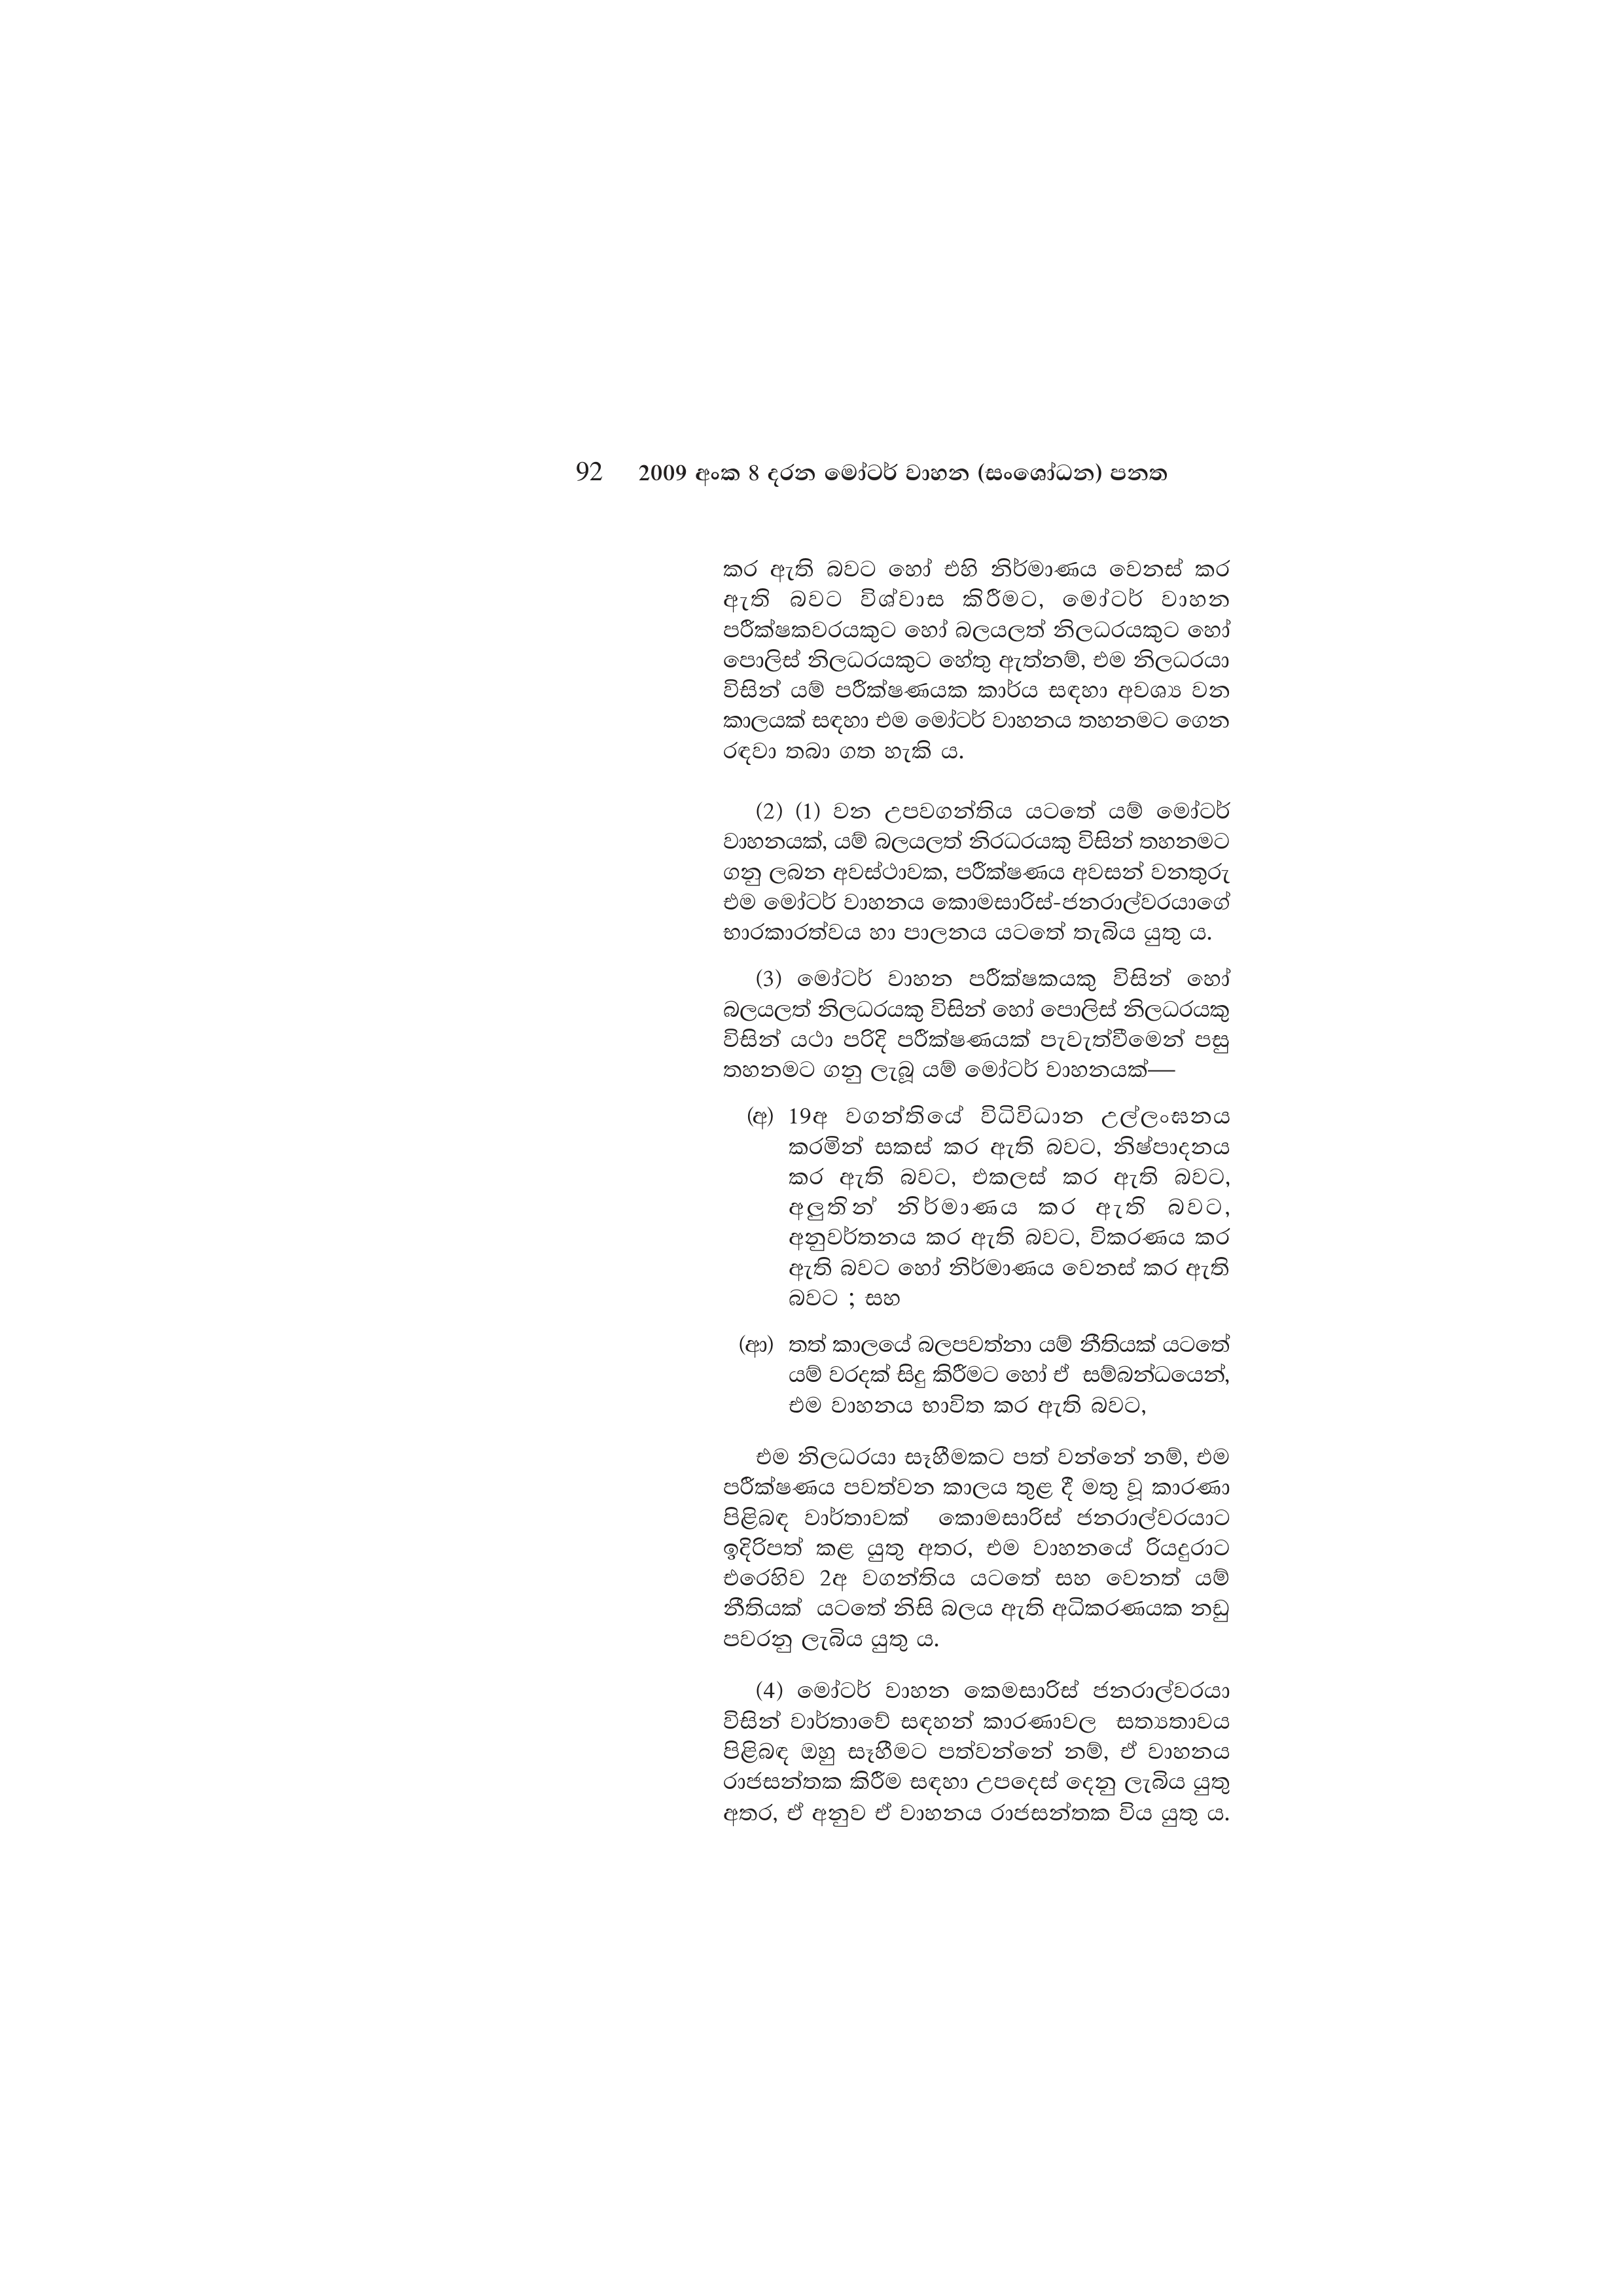
92 2009 අංක 8 දරන මෝටර් වාහන (සංශෝධන) පනත

කර ඇති බවට හෝ එහි නිර්මාණය වෙනස් කර
ඇති බවට විශ්වාස කිරීමට, මෝටර් වාහන
පරීක්ෂකවරයකුට හෝ බලයලත් නිලධරයකුට හෝ
පොලිස් නිලධරයකුට හේතු ඇත්නම්, එම නිලධරයා
විසින් යම් පරීක්ෂණයක කාර්ය සඳහා අවශ්‍ය වන
කාලයක් සඳහා එම මෝටර් වාහනය තහනමට ගෙන
රඳවා තබා ගත හැකි ය.

(2) (1) වන උපවගන්තිය යටතේ යම් මෝටර්
වාහනයක්, යම් බලයලත් නිරධරයකු විසින් තහනමට
ගනු ලබන අවස්ථාවක, පරීක්ෂණය අවසන් වනතුරු
එම මෝටර් වාහනය කොමසාරිස්-ජනරාල්වරයාගේ
භාරකාරත්වය හා පාලනය යටතේ තැබිය යුතු ය.

(3) මෝටර් වාහන පරීක්ෂකයකු විසින් හෝ
බලයලත් නිලධරයකු විසින් හෝ පොලිස් නිලධරයකු
විසින් යථා පරිදි පරීක්ෂණයක් පැවැත්වීමෙන් පසු
තහනමට ගනු ලැබූ යම් මෝටර් වාහනයක්—

(අ) 19අ වගන්තියේ විධිවිධාන උල්ලංඝනය
කරමින් සකස් කර ඇති බවට, නිෂ්පාදනය
කර ඇති බවට, එකලස් කර ඇති බවට,
අලුතින් නිර්මාණය කර ඇති බවට,
අනුවර්තනය කර ඇති බවට, විකරණය කර
ඇති බවට හෝ නිර්මාණය වෙනස් කර ඇති
බවට ; සහ

(ආ) තත් කාලයේ බලපවත්නා යම් නීතියක් යටතේ
යම් වරදක් සිදු කිරීමට හෝ ඒ සම්බන්ධයෙන්,
එම වාහනය භාවිත කර ඇති බවට,

එම නිලධරයා සෑහීමකට පත් වන්නේ නම්, එම
පරීක්ෂණය පවත්වන කාලය තුළ දී මතු වූ කාරණා
පිළිබඳ වාර්තාවක් කොමසාරිස් ජනරාල්වරයාට
ඉදිරිපත් කළ යුතු අතර, එම වාහනයේ රියදුරාට
එරෙහිව 2අ වගන්තිය යටතේ සහ වෙනත් යම්
නීතියක් යටතේ නිසි බලය ඇති අධිකරණයක නඩු
පවරනු ලැබිය යුතු ය.

(4) මෝටර් වාහන කෙමසාරිස් ජනරාල්වරයා
විසින් වාර්තාවේ සඳහන් කාරණාවල සත්‍යතාවය
පිළිබඳ ඔහු සෑහීමට පත්වන්නේ නම්, ඒ වාහනය
රාජසන්තක කිරීම සඳහා උපදෙස් දෙනු ලැබිය යුතු
අතර, ඒ අනුව ඒ වාහනය රාජසන්තක විය යුතු ය.